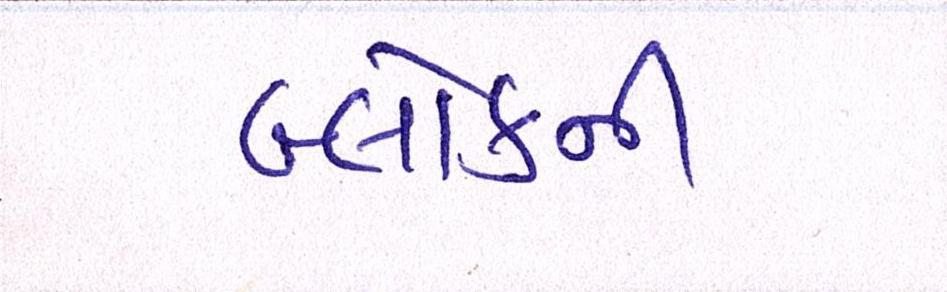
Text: બ્લોકની